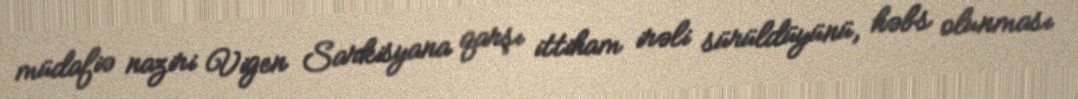
müdafiə naziri Vigen Sarkisyana qarşı ittiham irəli sürüldüyünü, həbs olunması